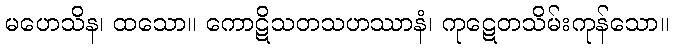
မဟေသိန၊ ထသော။ ကောဋိသတသဟဿာနံ၊ ကုဋေတသိမ်းကုန်သော။